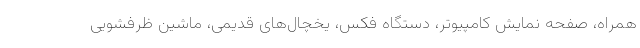
همراه، صفحه نمایش کامپیوتر، دستگاه فکس، یخچال‌های قدیمی، ماشین ظرفشویی